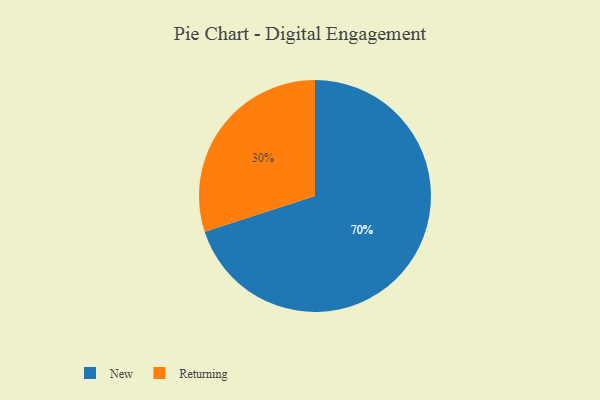
{"axis": {"x": "Category", "y": "Percentage"}, "legend": ["New", "Returning"], "data": [{"x": "New", "y": 70, "type": "New"}, {"x": "Returning", "y": 30, "type": "Returning"}]}